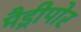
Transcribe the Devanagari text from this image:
मैड्रीपोर